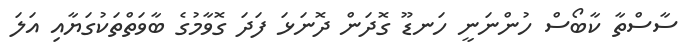
ސާސްތާ ކާބޯސް ހުންނަނީ ހަނޑޫ ގޮދަން ދޮނަޅަ ފަދަ ގޮވާމުގެ ބާވަތްތަކުގަޔާއި އަލަ